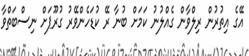
އޭގެ އިތުރުން ރިލްވާން ގެއްލުނު ކަމަށް ބުނާ ރޭ ކުޑަހެންވޭރު ގުރޫޕަށް ނިސްބަތްވާ